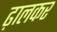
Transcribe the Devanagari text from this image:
ढ़ालकर